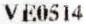
VE0514